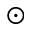
\odot